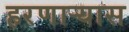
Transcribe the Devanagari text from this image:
हरणार्‍यास